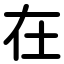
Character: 在